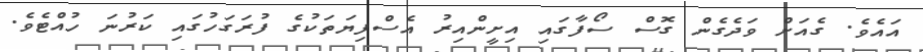
އައެވެ. ގެއަށް ވަދެގެން ގޮސް ސޯފާގައި އިށީންއިރު އެސްފިޔަތަކުގެ ފުރަގަހުގައި ކަރުނަ ހުއްޓެވެ.